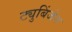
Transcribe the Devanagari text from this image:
ट्युबिंजेन